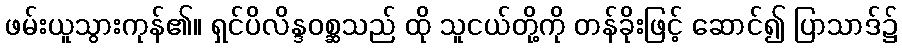
ဖမ်းယူသွားကုန်၏။ ရှင်ပိလိန္ဒဝစ္ဆသည် ထို သူငယ်တို့ကို တန်ခိုးဖြင့် ဆောင်၍ ပြာသာဒ်၌